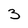
Character: 3